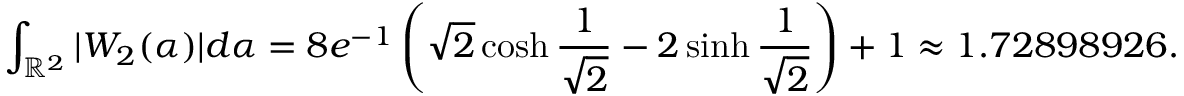
\int _ { \mathbb { R } ^ { 2 } } | W _ { 2 } ( \alpha ) | d \alpha = 8 e ^ { - 1 } \left( \sqrt { 2 } \cosh \frac { 1 } { \sqrt { 2 } } - 2 \sinh \frac { 1 } { \sqrt { 2 } } \right) + 1 \approx 1 . 7 2 8 9 8 9 2 6 .